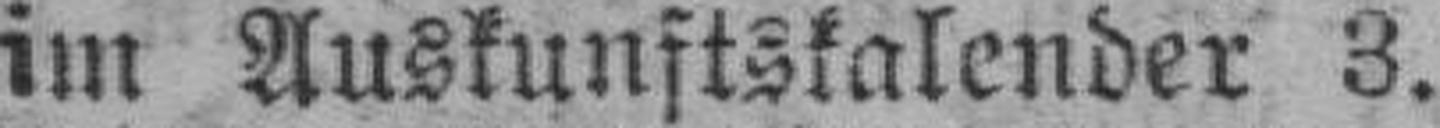
im Auskunftskalender 3.